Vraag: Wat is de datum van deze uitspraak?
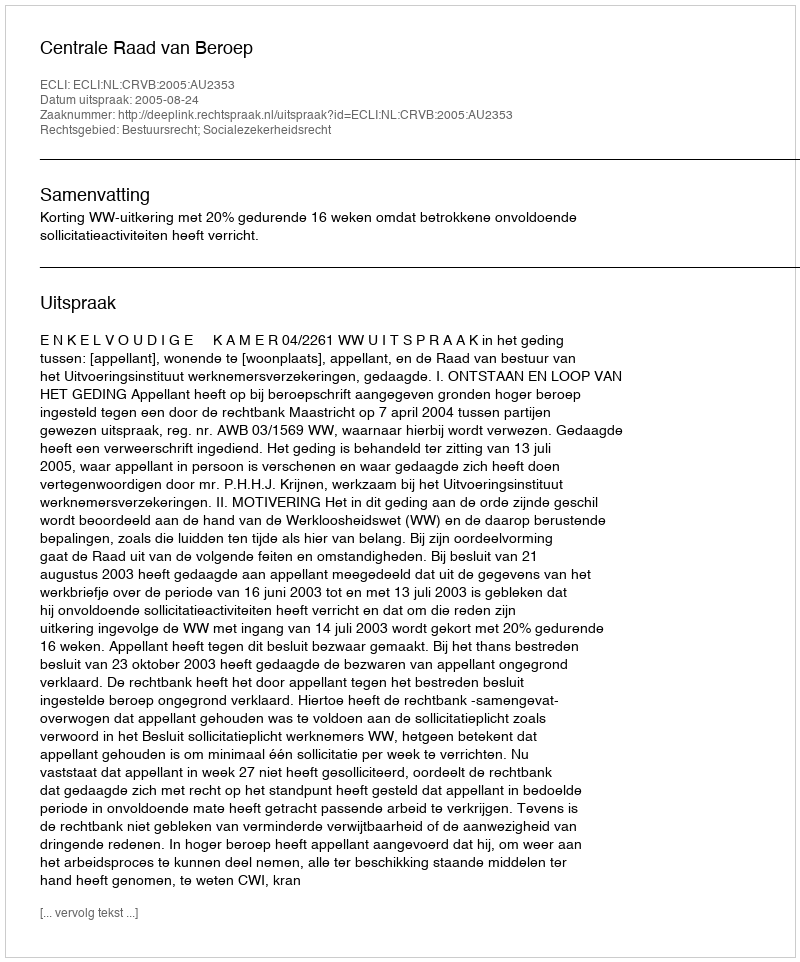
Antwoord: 2005-08-24